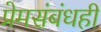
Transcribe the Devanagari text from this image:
प्रेमसंबंधही